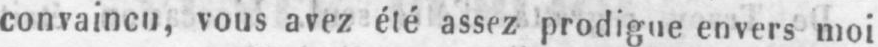
convaincu, vous avez été assez prodigue envers moi